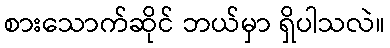
စားသောက်ဆိုင် ဘယ်မှာ ရှိပါသလဲ။